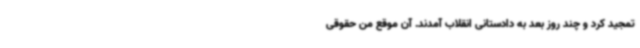
تمجید کرد و چند روز بعد به دادستانی انقلاب آمدند. آن موقع من حقوقی